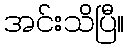
အင်းသိပြီ။